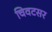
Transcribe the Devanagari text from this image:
चिवटसर